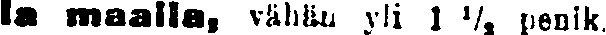
la maalla, vähän yli 1 ½ penik.